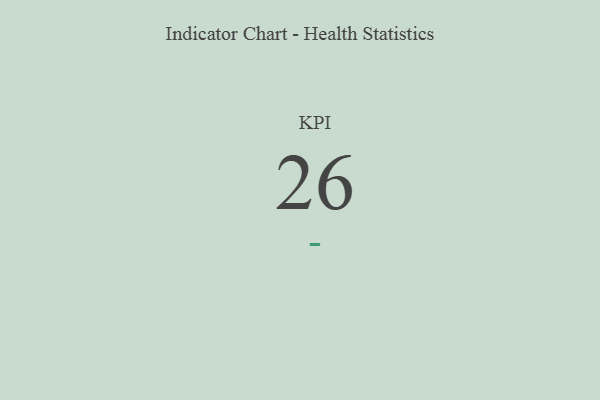
{"axis": {"x": "KPI", "y": "Value"}, "legend": [""], "data": [{"x": "KPI", "y": 26, "type": ""}]}